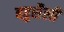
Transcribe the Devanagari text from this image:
बहुशैली